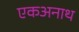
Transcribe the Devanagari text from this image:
एकअनाथ